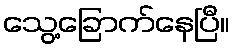
သွေ့ခြောက်နေပြီ။